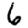
Digit: 6